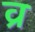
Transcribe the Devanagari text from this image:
व्र